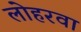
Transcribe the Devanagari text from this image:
लोहरवा